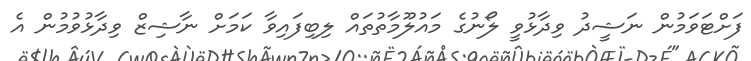
ފަށްޓަވަމުން ނަޝީދު ވިދާޅުވީ ލޯނުގެ މައުލޫމާތުތައް ލިބިފައިވާ ކަމަށް ނާޝިޒް ވިދާޅުވުމުން އެ